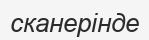
сканерінде